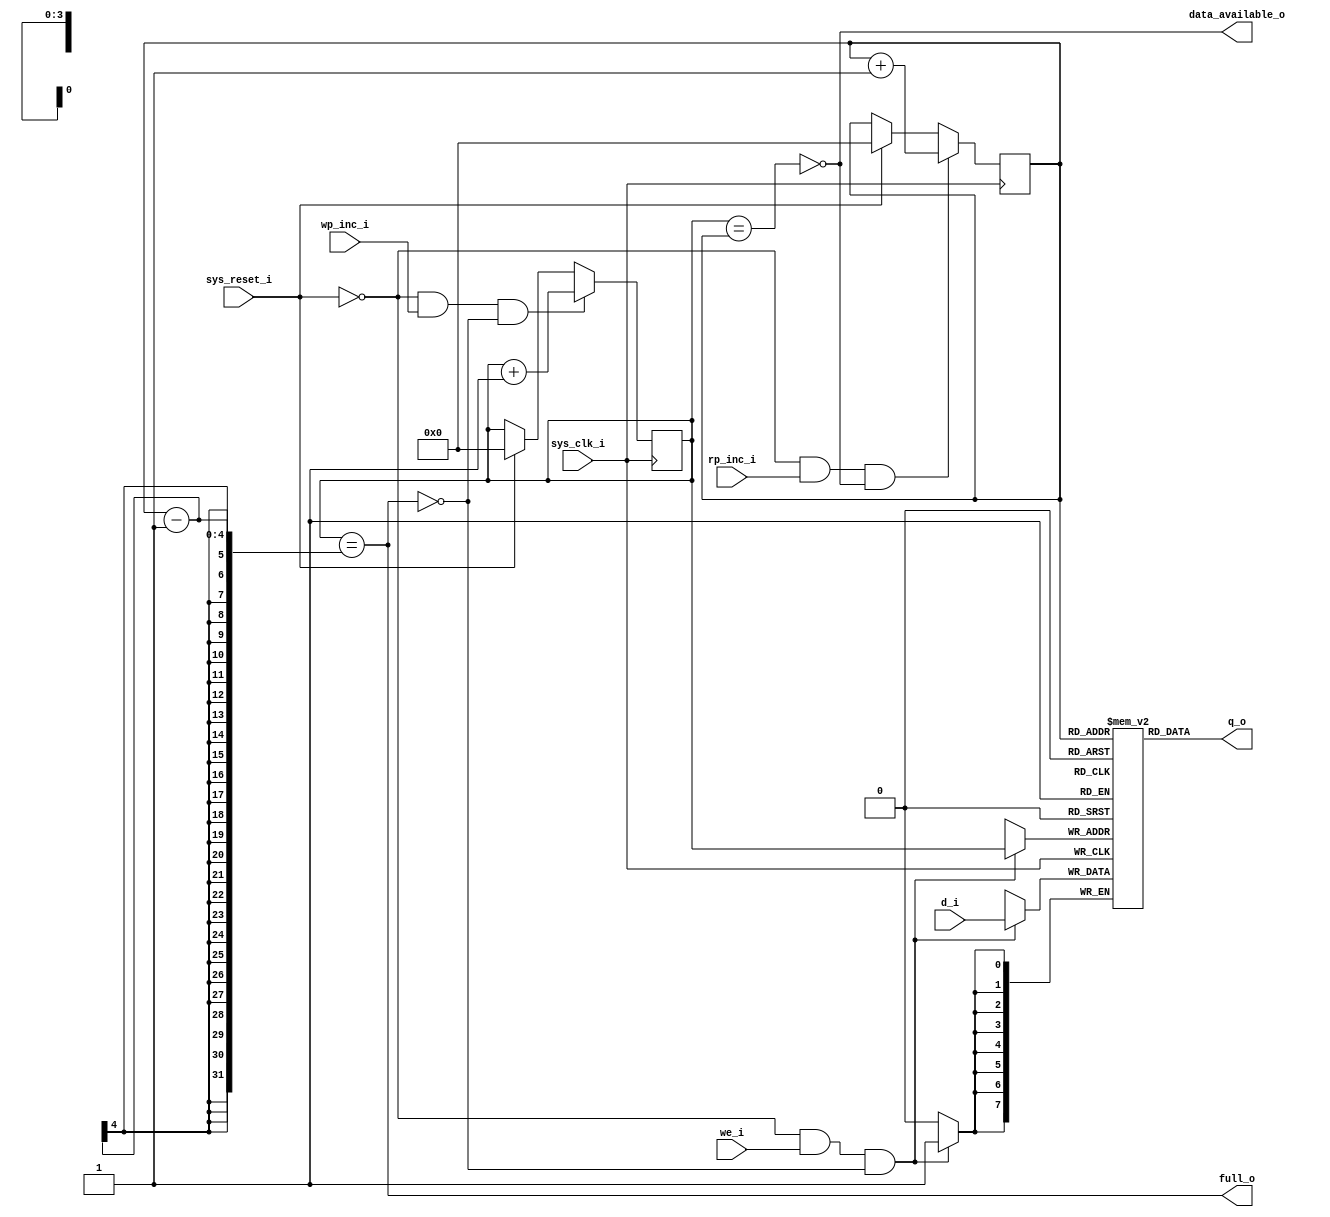
module M_uxa_ps2_fifo(
	input [7:0] d_i,
	input we_i,
	input wp_inc_i,
	output [7:0] q_o,
	input rp_inc_i,
	output full_o,
	output data_available_o,
	input sys_clk_i,
	input sys_reset_i
);

	// The FIFO used in the UXA contains 16 bytes.
	reg [7:0] fifo[15:0];
	
	// When the user reads a value from the adapter, the read-pointer
	// determines which of the 16 bytes are read from.
	reg [3:0] rp; /* synthesis keep */
	
	// When the deserializer has data to deliver to the FIFO, it is
	// placed into the location pointed to by wp.
	reg [3:0] wp; /* synthesis keep */

	// The queue is full when no more bytes can be written into
	// the buffer without overwriting an unread byte.  This happens
	// when the write pointer is one less than the read pointer,
	// modulo 16 of course.
	assign full_o = (wp == (rp-1));

	// The queue is empty when the read and write pointers become
	// equal to each other, such as is what happens at reset time.
	// Consequently, we know that at least one byte of data exists
	// in the queue provided the read and write pointers do not
	// match.
	assign data_available_o = ~(wp == rp);
	
	// The data output ports of the FIFO always reflect the data
	// referred to by the read pointer.  An upstream device may
	// thus query the head of the queue without actually popping
	// it.
	assign q_o = fifo[rp];

	always @(posedge sys_clk_i) begin
		// When the system is reset, we reset the pointers to zero
		// so that everything has a nice, well-known value for sim-
		// ulation purposes.  Pragmatically, though, it's sufficient
		// to just set them equal to each other.
		if (sys_reset_i) begin
			rp <= 0;
			wp <= 0;
		end
		
		// When writing data into the FIFO, the driving module
		// must assert the data on the d_i ports, then assert
		// we_i by the next rising edge of sys_clk_i.
		//
		//            __       _____        _____
		// sys_clk_i    \_____/     \______/     \___
		//       _____ ________________ _____________
		// d_i 	_____X________________X_____________
		//                  _____________
		// we_i  __________/             \___________
		//
		// Note that this operation can fail; if the queue is
		// full at the time the data is written, nothing will
		// be stored.
		if (~sys_reset_i & we_i & ~full_o) begin
			fifo[wp] <= d_i;
		end

		// After writing a byte to the FIFO, the driver must in-
		// crement the write pointer explicitly.
		//            __       _____        _____
		// sys_clk_i    \_____/     \______/     \___
		//       _____ ________________ _____________
		// d_i 	_____X________________X_____________
		//                  _____________
		// we_i  __________/             \___________
		//                                ________
		// inc_wp_i  ____________________/        \__
		//
		// Note that this operation may fail, too.  In the event
		// that the queue is full, it will not increment.
		if (~sys_reset_i & wp_inc_i & ~full_o) begin
			wp <= wp+1;
		end
		
		// After reading the q_o ports, an upstream device may 
		// pop the queue by incrementing the read pointer.  This
		// operation may potentially fail -- if the queue is
		// already empty, popping the queue does nothing.
		if (~sys_reset_i & rp_inc_i & data_available_o) begin
			rp <= rp+1;
		end
	end
endmodule